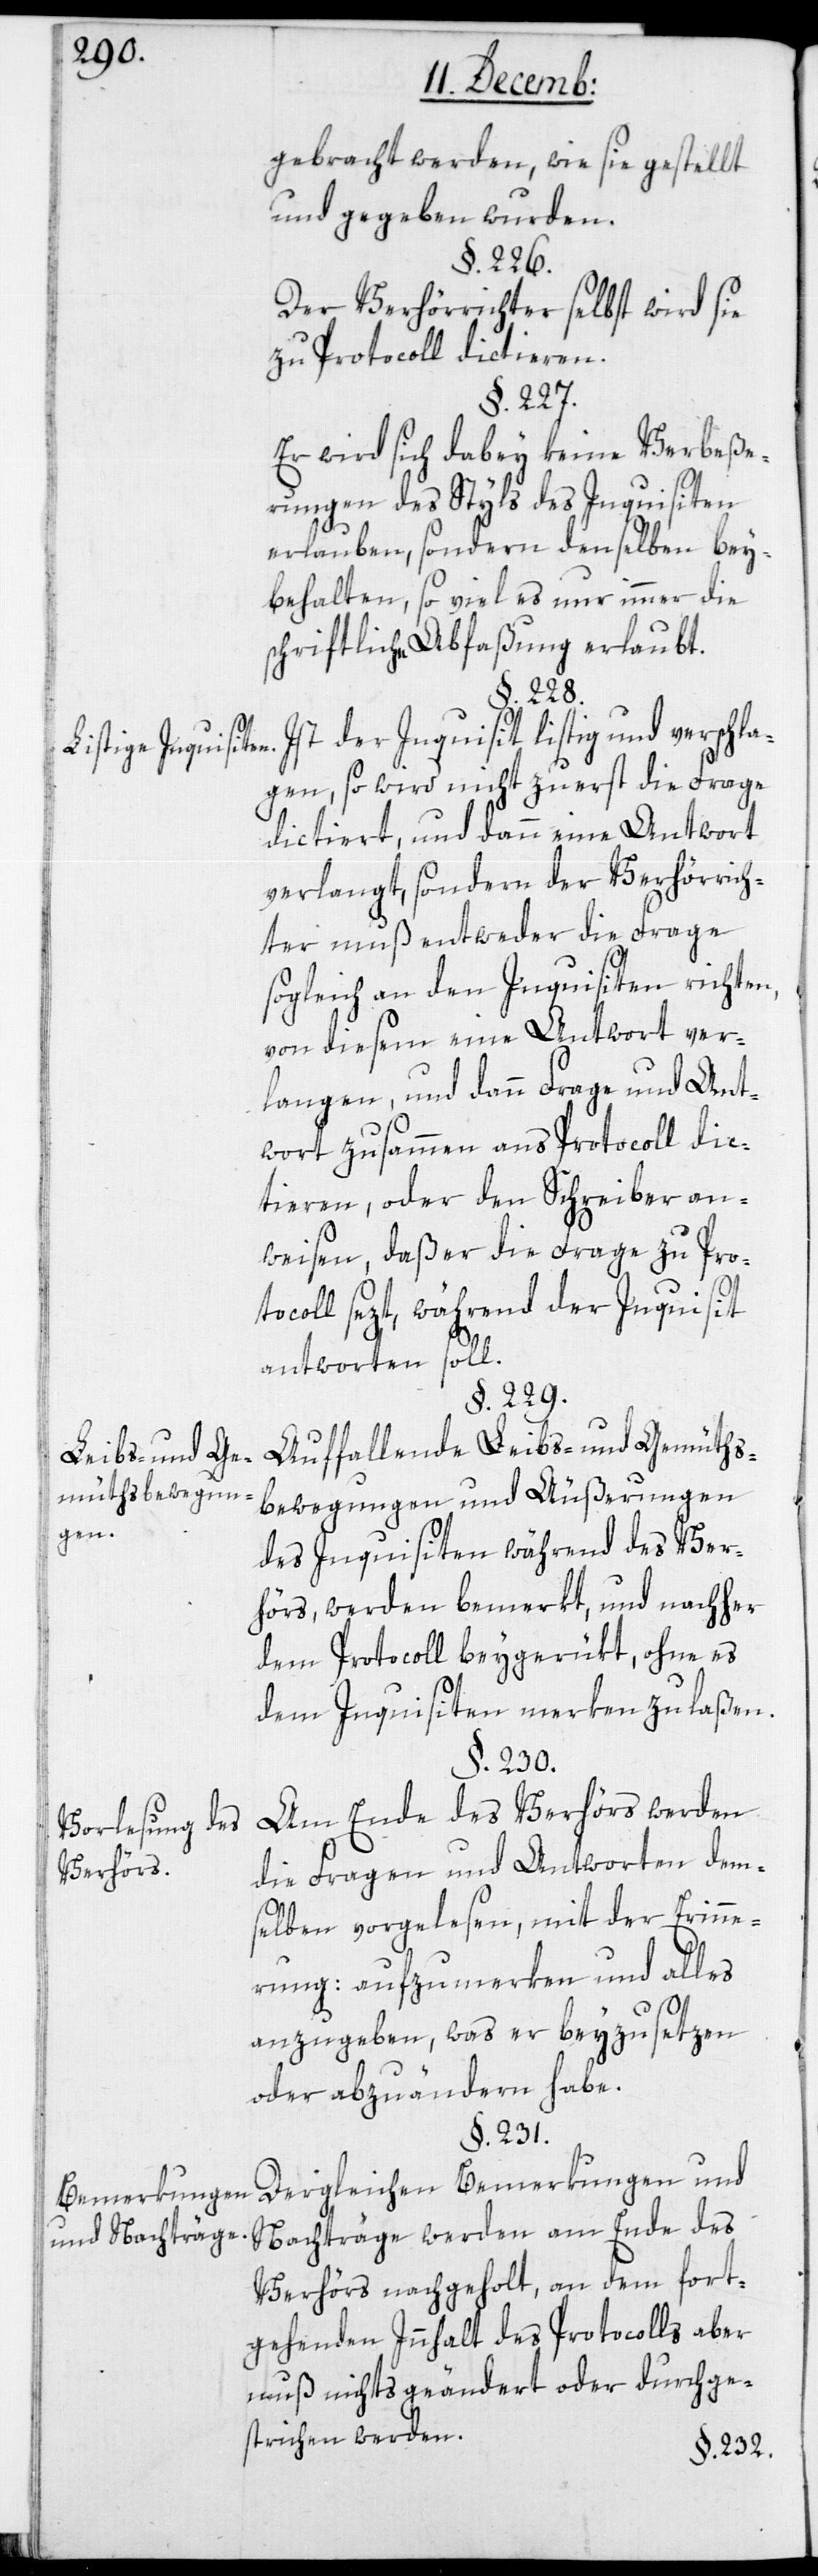
gebracht werden, wie sie gestellt
und gegeben wurden.
§. 226.
Der Verhörrichter selbst wird sie
zu Protocoll dictieren.
§. 227.
Er wird sich dabey keine Verbeße¬
rungen des Styls des Inquisiten
erlauben, sondern denselben bey¬
behalten, so viel es nur immer die
schriftliche Abfaßung erlaubt.
§. 228.
Ist der Inquisit listig und verschla¬
Listige Inquisiten.
gen, so wird nicht zuerst die Frage
dictiert und dann eine Antwort
verlangt, sondern der Verhörrich¬
ter muß entweder die Frage
sogleich an den Inquisiten richten,
von diesem eine Antwort ver¬
langen, und dann Frage und Ant¬
wort zusammen ans Protocoll dic¬
tieren, oder den Schreiber an¬
weisen, daß er die Frage zu Pro¬
tocoll sezt, während der Inquisit
antworten soll.
§. 229.
Auffallende Leibs- und Gemüths¬
Leibs- und Ge¬
müthsbewegun¬
bewegungen und Äußerungen
gen.
des Inquisiten während des Ver¬
hörs, werden bemerkt, und nachher
dem Protocoll beygerükt, ohne es
dem Inquisiten merken zu laßen.
§. 230.
Am Ende des Verhörs werden
Vorlesung des
die Fragen und Antworten dem¬
Verhörs.
selben vorgelesen, mit der Erinne¬
rung: aufzumerken und alles
anzugeben, was er beyzusetzen
oder abzuändern habe.
§. 231.
Dergleichen Bemerkungen und
Bemerkungen
Nachträge werden am Ende des
und Nachträge.
Verhörs nachgeholt, an dem fort¬
gehenden Inhalt des Protocolls aber
muß nichts geändert oder durchge¬
strichen werden.